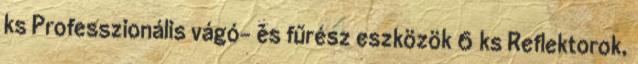
ks Professzionális vágó- és fűrész eszközök 6 ks Reflektorok,